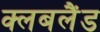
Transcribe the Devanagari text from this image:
क्लबलैंड